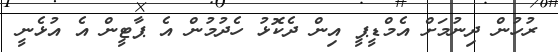
ރުހުން ދިނުމަށް އެމްޑީޕީ އިން ދެކޮޅު ހެދުމުން އެ ޕާޓީން އެ އުޅެނީ